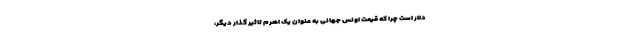
دلار است چرا که قیمت اونس جهانی به عنوان یک اهرم تاثیر گذار دیگر،